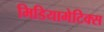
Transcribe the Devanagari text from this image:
मिडियामेटिक्स